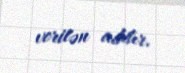
verilən addır.